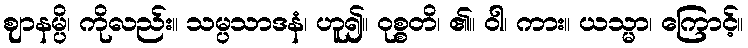
ဈာနမ္ပိ၊ ကိုလည်း။ သမ္ပသာဒနံ၊ ဟူ၍။ ဝုစ္စတိ၊ ၏။ ဝါ၊ ကား။ ယသ္မာ၊ ကြောင့်။